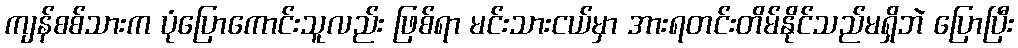
ကျန်စစ်သားက ပုံပြောကောင်းသူလည်း ဖြစ်ရာ မင်းသားငယ်မှာ အားရတင်းတိမ်နိုင်သည်မရှိဘဲ ပြောပြီး